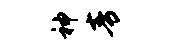
神青